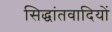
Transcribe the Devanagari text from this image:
सिद्धांतवादियों